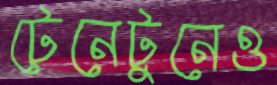
টেনেটুনেও